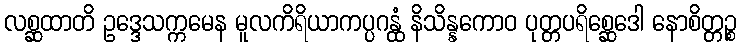
လစ္ဆထာတိ ဥဒ္ဒေသက္ကမေန မူလကိရိယာကပ္ပဂန္ထံ နိသိန္နကောဝ ပုတ္တပရိစ္ဆေဒေါ နောစိတ္တဉ္စ